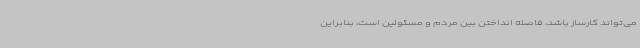
می‌تواند کارساز باشد، فاصله انداختن بین مردم و مسئولین است، بنابراین